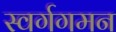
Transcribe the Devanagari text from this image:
स्वर्गगमन